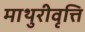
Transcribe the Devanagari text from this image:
माथुरीवृत्ति